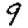
Digit: 9